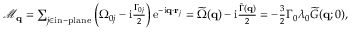
\begin{array} { r } { \mathcal { M } _ { \mathbf { q } } = \sum _ { j \in \mathrm { i n - p l a n e } } \left( \Omega _ { 0 j } - \mathrm { i } \frac { \Gamma _ { 0 j } } { 2 } \right) \mathrm { e } ^ { - \mathrm { i } \mathbf { q } \cdot \mathbf { r } _ { j } } = \widetilde \Omega ( \mathbf { q } ) - \mathrm { i } \frac { \widetilde \Gamma ( \mathbf { q } ) } { 2 } = - \frac { 3 } { 2 } \Gamma _ { 0 } \lambda _ { 0 } \widetilde G ( \mathbf { q } ; 0 ) , } \end{array}